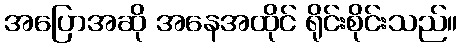
အပြောအဆို အနေအထိုင် ရိုင်းစိုင်းသည်။